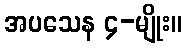
အပသေန ၄-မျိုး။